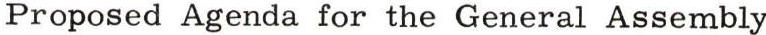
Proposed Agenda for the General Assembly